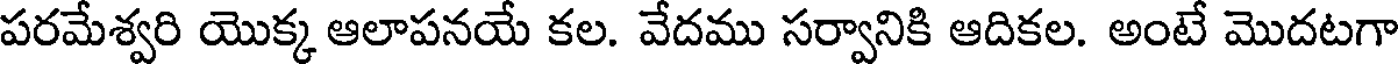
పరమేశ్వరి యొక్క ఆలాపనయే కల. వేదము సర్వానికి ఆదికల. అంటే మొదటగా